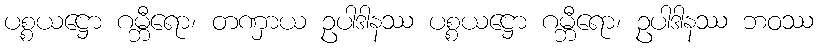
ပစ္စယဋ္ဌော ဂမ္ဘီရော၊ တဏှာယ ဥပါဒါနဿ ပစ္စယဋ္ဌော ဂမ္ဘီရော၊ ဥပါဒါနဿ ဘဝဿ